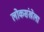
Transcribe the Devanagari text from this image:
लोकसंखेला